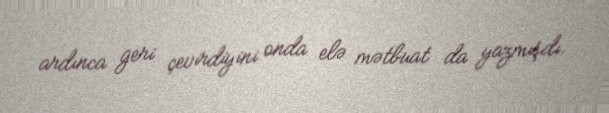
ardınca geri çevirdiyini onda elə mətbuat da yazmışdı.